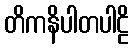
တိကနိပါတပါဠိ